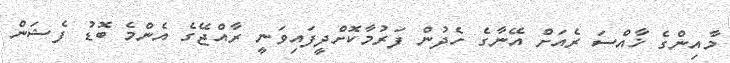
މާއިންގެ ޚާއްސަ ރެއަށް އޭނާގެ ހެދުން ފަރުމާކޮށްދީފައިވަނީ ރާއްޖޭގެ އެންމެ ބޮޑު ފެޝަން